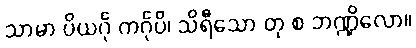
သာမာ ပိယင်္ဂု ကင်္ဂုပိ၊ သိရီသော တု စ ဘဏ္ဍိလော။